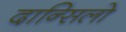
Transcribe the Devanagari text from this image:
दान्सिलो